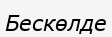
Бескөлде